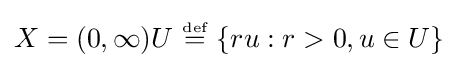
X=(0,\infty )U~{\stackrel {\scriptscriptstyle {\text{def}}}{=}}~\{ru:r>0,u\in U\}